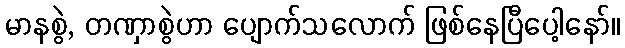
မာနစွဲ, တဏှာစွဲဟာ ပျောက်သလောက် ဖြစ်နေပြီပေါ့နော်။